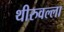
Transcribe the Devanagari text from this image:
थीरुवल्ला